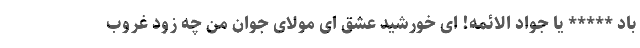
باد ***** یا جواد الائمه! ای خورشید عشق ای مولای جوان من چه زود غروب